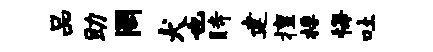
品助罔犬也时建擅桴悔吐